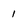
Character: 1